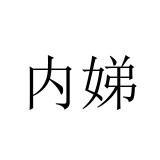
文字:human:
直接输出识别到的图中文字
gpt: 内娣